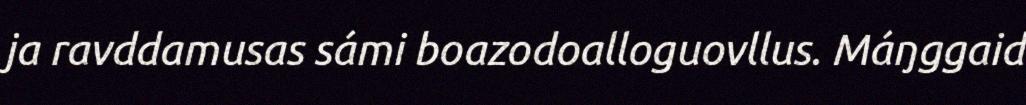
ja ravddamusas sámi boazodoalloguovllus. Máŋggaid